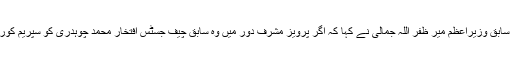
بدھ کو قومی اسمبلی میں اظہار خیال کرتے ہوئے سابق وزیراعظم میر ظفر اللہ جمالی نے کہا کہ اگر پرویز مشرف دور میں وہ سابق چیف جسٹس افتخار محمد چوہدری کو سپریم کورٹ نہ پہنچاتے تو پتہ نہیں ان کا کیا حشر ہونا تھا۔